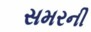
સમરની